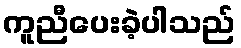
ကူညီပေးခဲ့ပါသည်